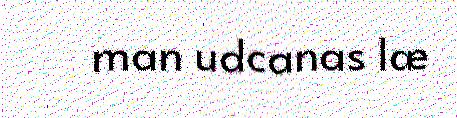
man udcanas læ